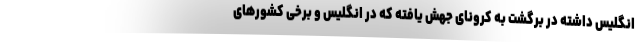
انگلیس داشته در برگشت به کرونای جهش یافته که در انگلیس و برخی کشورهای